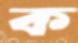
ক